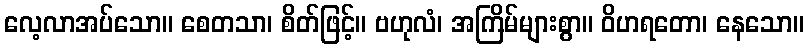
လေ့လာအပ်သော။ စေတသာ၊ စိတ်ဖြင့်။ ဗဟုလံ၊ အကြိမ်များစွာ။ ဝိဟရတော၊ နေသော။